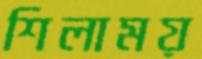
শিলাময়